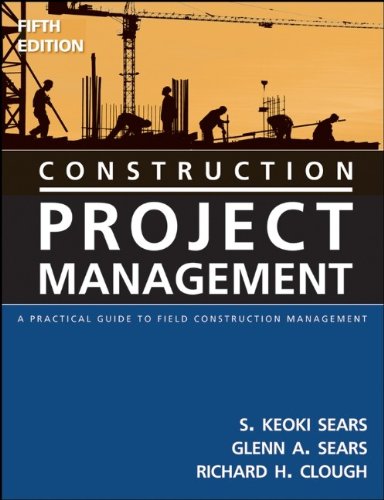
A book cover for Construction Project Management: A Practical Guide to Field Construction Management; S. Keoki Sears; Arts & Photography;